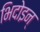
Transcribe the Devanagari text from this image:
भिदोइन्